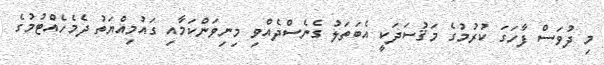
މި ދުވަސް ފާހަގަ ކުރުމުގެ މަޤުސަދަކީ އެބަތަލު ގެނެސްދެއްވި މިނިވަންކަމާއި ގައުމިއްޔަތު ދެމެހެއްޓުމުގެ